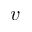
v